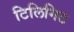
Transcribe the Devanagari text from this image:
टिलिगिट